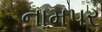
નામપર